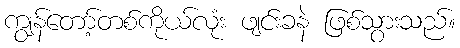
ကျွန်တော့်တစ်ကိုယ်လုံး ဖျင်းခနဲ ဖြစ်သွားသည်။